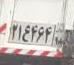
۲۱ع۴۶۴۹۸